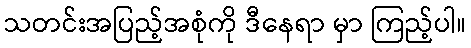
သတင်းအပြည့်အစုံကို ဒီနေရာ မှာ ကြည့်ပါ။